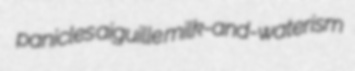
panicles aiguille milk-and-waterism